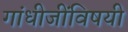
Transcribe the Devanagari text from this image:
गांधीजींविषयी